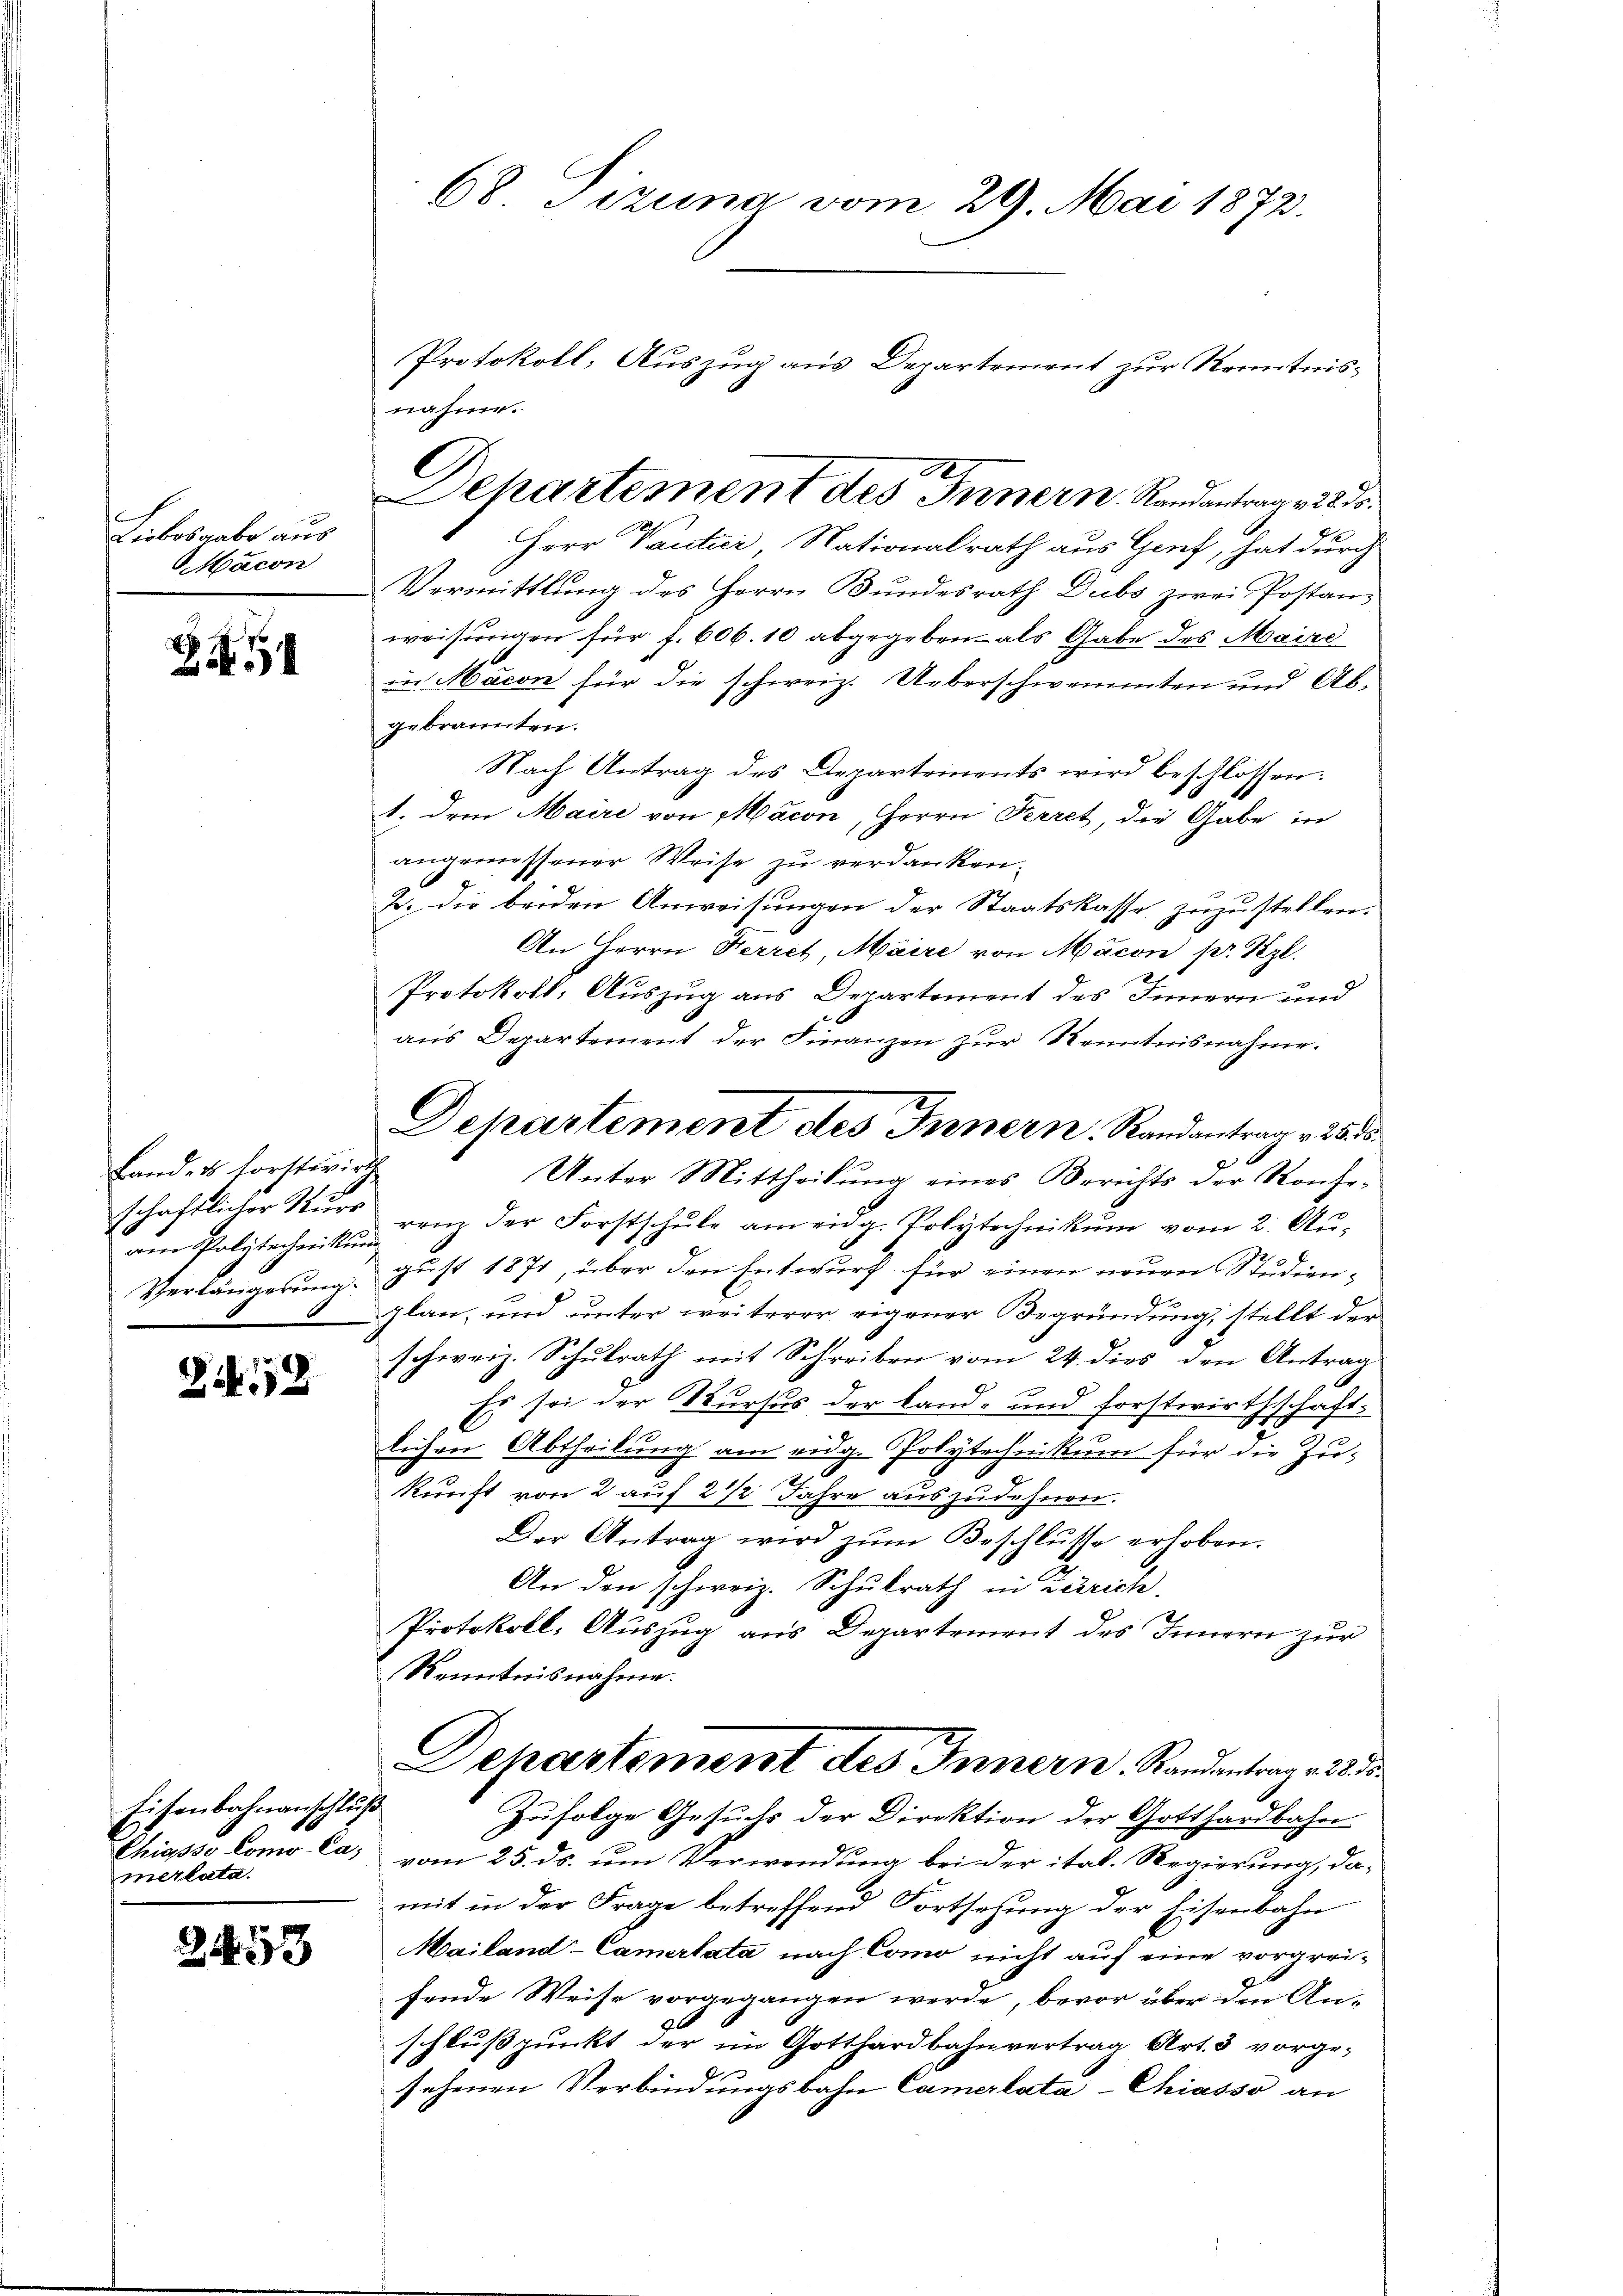
Liebesgabe aus
acon

5

Land- u. Forstwirts
schaftlicher Kurs
Verlängerung.

2

Eisenbahnanschluß
Chiasso Como-Ca;
mertata.

2453

68 Tizina vom 29. Mai 1872.
Protokoll, Auszug aus Departement zur Kenntnis¬

Herr Tantier Nationalrath aus Genf, hat durch
Vermittlung des Herrn Bundesrath Dubs zwei Postanweisungen für f. 606. 10 abgegeben als Gabe des Maire
in Macon für die schweiz. Ueberschwemmten und Abgebrannten.
Nach Antrag des Departements wird beschlossen:
1. dem Maire von Macon, Herrn Perret, die Gabe in
angemessener Weise zu verdanken.
K. Die beiden Anweisungen der Staatskasse zuzustellen.
An Herrn Herret, Maire von Macon pr. Ztzl.
Protokoll, Auszug aus Departement des Innern und
aŭs Departement der Finanzen zŭr Kenntnisnahme.
am Polytechnitte ganz der Forstschule am eidg. Polytechnikum vom 2. August 1871, über den Entwurf für einen neuen Studienplan, und unter weiterer eigener Begründung, stellt der
schweiz. Schulrath mit Schreiben vom 24. dies den Antrag
Es sei der Kursus der Land- und Forstwirthschaft-
lichen Abtheilung am eidg. Polytechnikum für die Zukunft von 2 auf 2 1/2 Jahre auszudehnen.
Der Antrag wird zŭm Beschlŭsse erhoben.
An den schweiz. Schulrath in Zürich,
Protokoll, Auszug aus Departement des Innern zur
Kenntnisnahme.
Dehartement des Innern. Randentrag. 22. d.
Zufolge Gesuchs der Direktion der Gotthardbahn
vom 25. ds. um Verwendung bei der ital. Regierung, damit in der Frage betreffend Fortsetzung der Eisenbahn
Mailand-Camertata nach Como nicht auf eine vorgreifende Weise vorgegangen werde, bevor über den An-
schlußpunkt der im Gotthardbahnvertrag Art. 3 vorged
sehenen Verbindungsbahn Camerlata-Chiasso an

nahme.
Departement des Innern. Randantrag mit dr.

Departement des Innern. Randantrag v. 2555
Unter Mittheilung eines Berichts der Konfe-